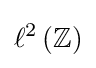
\ell ^{2}\left(\mathbb {Z} \right)